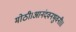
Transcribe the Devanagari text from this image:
मोठी।आनंदवनभुवनी।।